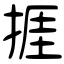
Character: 捱